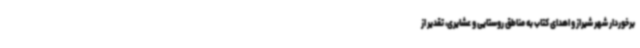
برخوردار شهر شیراز و اهدای کتاب به مناطق روستایی و عشایری، تقدیر از